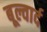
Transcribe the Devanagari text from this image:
बूल्वार्द